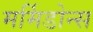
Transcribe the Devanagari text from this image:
मर्मिडोन्स